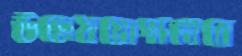
উল্লেখযোগ্যভাবে